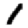
Digit: 1